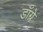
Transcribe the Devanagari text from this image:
डॉग्रे